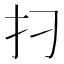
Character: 𰒺